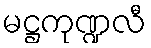
မဋ္ဌကုဏ္ဍလီ